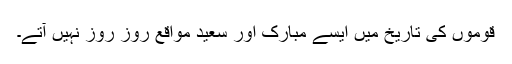
قوموں کی تاریخ میں ایسے مبارک اور سعید مواقع روز روز نہیں آتے۔